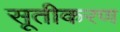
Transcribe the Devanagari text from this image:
सूतीकरण